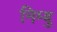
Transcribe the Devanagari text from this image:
निम्बु